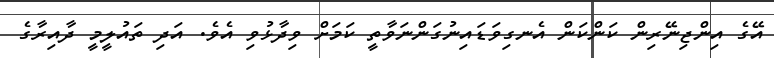
އޭގެ އިންޖިނޭރިން ކަންކަން އެނގިވަޑައިނުގަންނަވާތީ ކަމަށް ވިދާޅުވި އެވެ. އަދި ތައުލީމީ ދާއިރާގެ